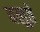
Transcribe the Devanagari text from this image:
वलुते